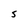
Character: S